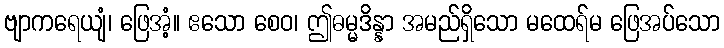
ဗျာကရေယျံ၊ ဖြေအံ့။ ဧသော စေဝ၊ ဤဓမ္မဒိန္နာ အမည်ရှိသော မထေရ်မ ဖြေအပ်သော